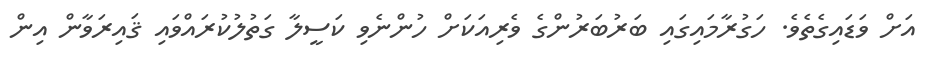
އަށް ވަޑައިގެތެވެ. ހަގުރާމައިގައި ބަރުބަރުންގެ ވެރިއަކަށް ހުންނެވި ކަސީލާ ގަތުލުކުރައްވައި ޤައިރަވާން އިން